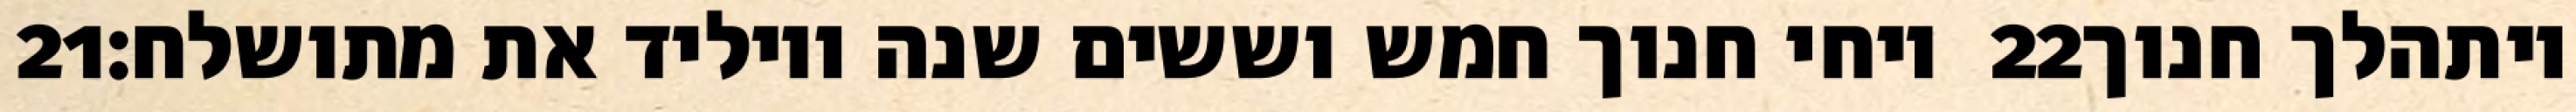
‎21‏ ויחי חנוך חמש וששים שנה ויוליד את מתושלח׃ ‎22‏ ויתהלך חנוך